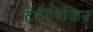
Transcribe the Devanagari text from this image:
टेलीविजिन